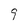
Character: 9